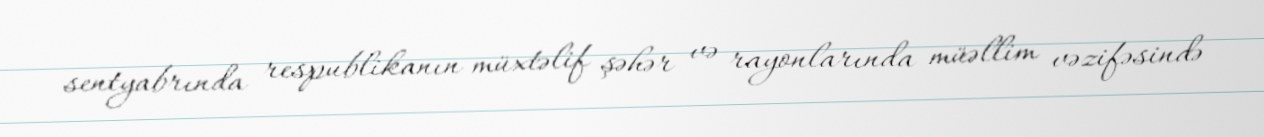
sentyabrında respublikanın müxtəlif şəhər və rayonlarında müəllim vəzifəsində